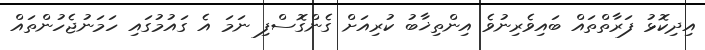
އިދިކޮޅު ފަރާތްތައް ބައިވެރިނުވެ އިންތިޚާބު ކުރިއަށް ގެންގޮސްފި ނަމަ އެ ގައުމުގައި ހަމަނުޖެހުންތައް